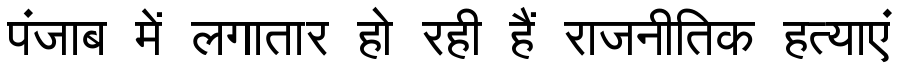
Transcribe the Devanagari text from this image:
पंजाब में लगातार हो रही हैं राजनीतिक हत्याएं